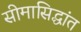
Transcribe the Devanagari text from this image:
सीमासिद्धांत